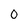
Character: 0